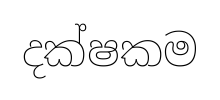
දක්ෂකම